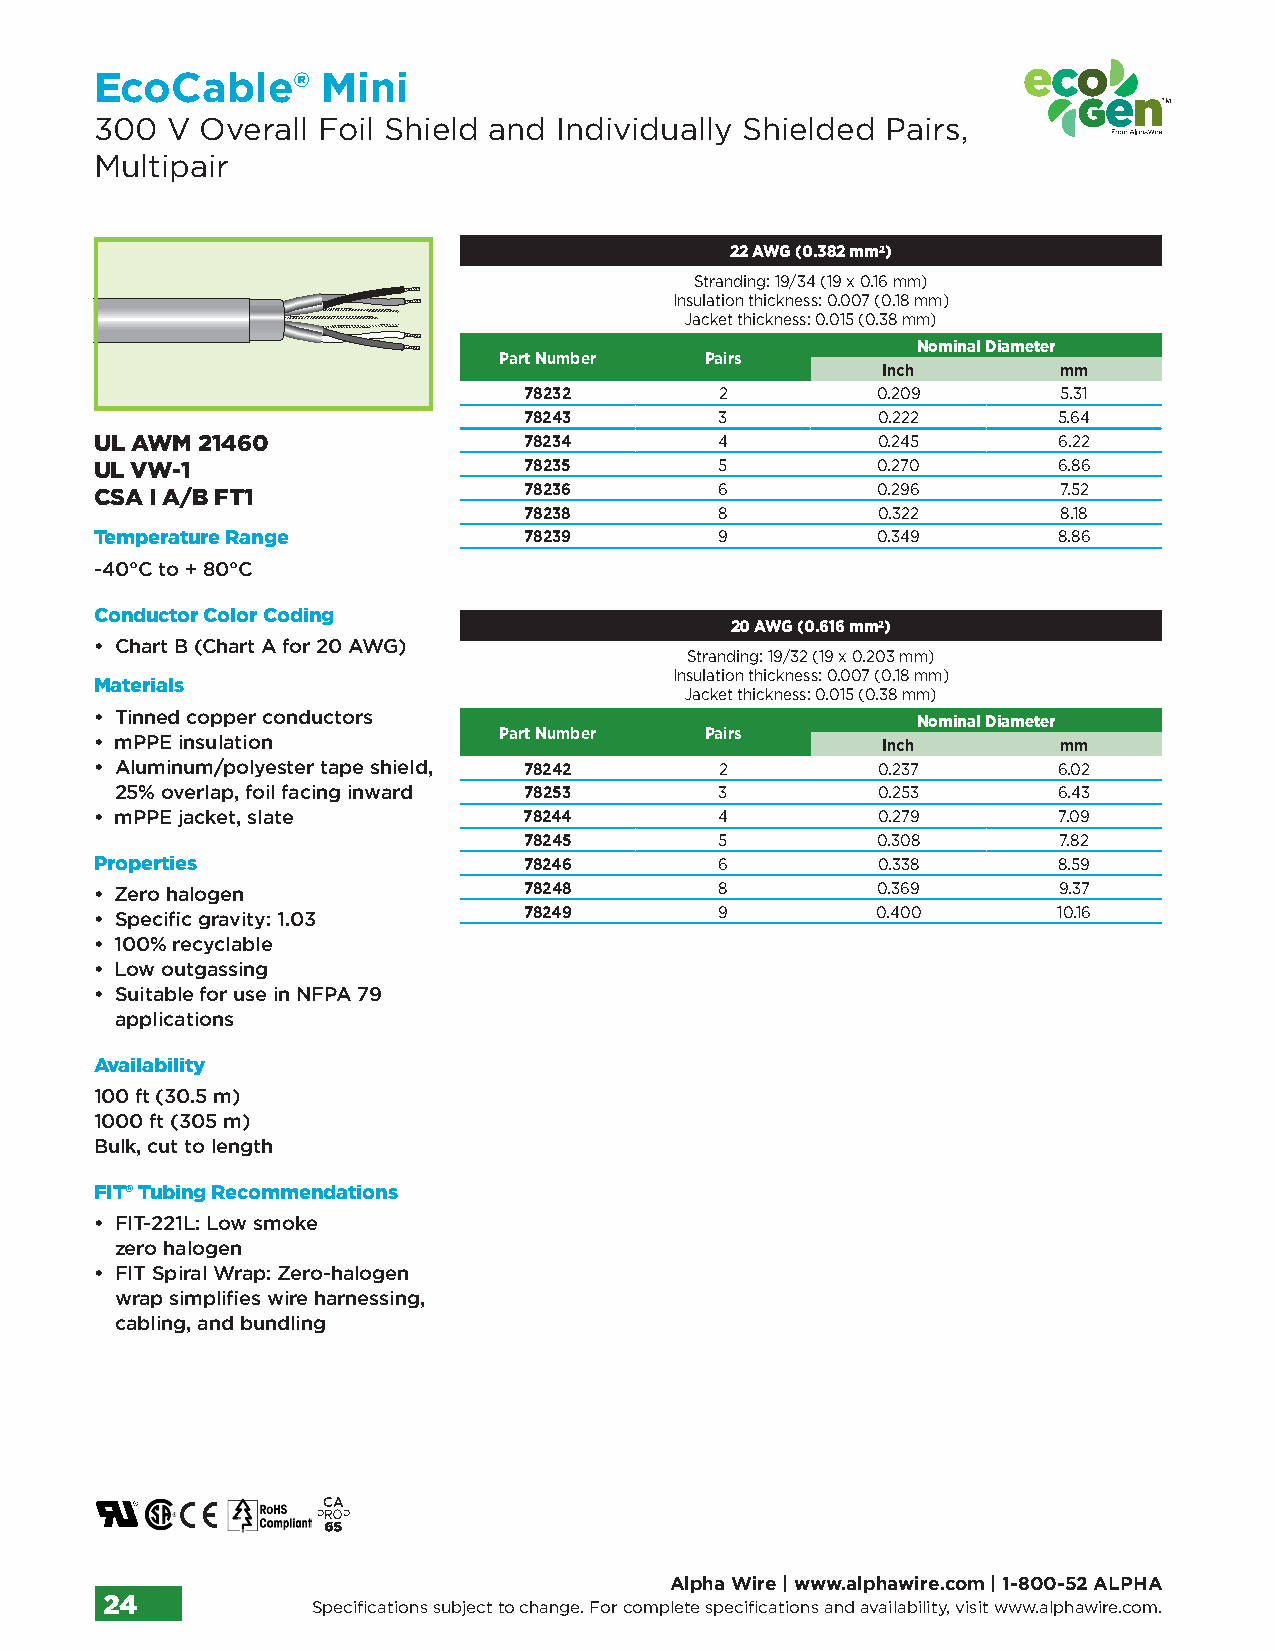
EcoCable®      Mini
 300  V Overall Foil Shield and Individually Shielded Pairs,
 Multipair
 22 AWG (0.382 mm2)
 Stranding: 19/34 (19 x 0.16 mm)
 Insulation thickness: 0.007 (0.18 mm)
 Jacket thickness: 0.015 (0.38 mm)
 Nominal Diameter
 Part Number   Pairs
 Inch        mm
 78232        2         0.209       5.31
 78243        3         0.222       5.64
 UL AWM 21460                 78234        4         0.245       6.22
 UL VW-1                      78235        5         0.270       6.86
 78236        6         0.296       7.52
 CSA I A/B FT1
 78238        8         0.322       8.18
 Temperature Range            78239        9         0.349       8.86
 -40°C to + 80°C
 Conductor Color Coding
 20 AWG (0.616 mm2)
 • Chart B (Chart A for 20 AWG)
 Stranding: 19/32 (19 x 0.203 mm)
 Insulation thickness: 0.007 (0.18 mm)
 Materials
 Jacket thickness: 0.015 (0.38 mm)
 • Tinned copper conductors
 Nominal Diameter
 Part Number   Pairs
 • mPPE insulation                                   Inch        mm
 • A luminum/polyester tape shield, 78242  2         0.237       6.02
 25% overlap, foil facing inward 78253   3         0.253       6.43
 • mPPE jacket, slate         78244        4         0.279       7.09
 78245        5         0.308       7.82
 Properties                   78246        6         0.338       8.59
 • Zero halogen               78248        8         0.369       9.37
 • Specific gravity: 1.03     78249        9         0.400       10.16
 • 100% recyclable
 • Low outgassing
 • S uitable for use in NFPA 79
 applications
 Availability
 100 ft (30.5 m)
 1000 ft (305 m)
 Bulk, cut to length
 FIT® Tubing Recommendations
 • F IT-221L: Low smoke
 zero halogen
 • F IT Spiral Wrap: Zero-halogen
 wrap simplifies wire harnessing,
 cabling, and bundling
 Alpha Wire | www.alphawire.com | 1-800-52 ALPHA
 24            Specifications subject to change. For complete specifications and availability, visit www.alphawire.com.